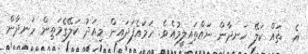
އެ  ތައް ކަލޭ ހަނދާން ނައްތައިލީމުއެވެ. ހަމައެފަދައިން މިއަދު ކަލޭގެމަތިން ހަނދާން